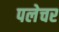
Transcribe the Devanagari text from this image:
पलेचर